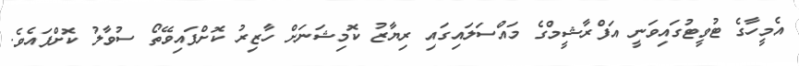
އެމީހާގެ ޓުވީޓުގައިވަނީ އަފްރާޝީމްގެ މައްސަލައިގައި ރިޔާޒު ކޮމިޝަނަށް ހާޒިރު ކޮށްފައިވޭތޯ ސުވާލު ކޮށްފައެވެ.